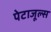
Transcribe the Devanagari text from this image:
पेटाजूल्स